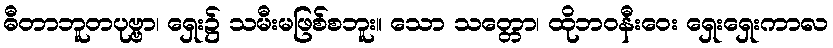
ဓီတာဘူတပုဗ္ဗာ၊ ရှေး၌ သမီးမဖြစ်စဘူး။ သော သတ္တော၊ ထိုဘဝနီးဝေး ရှေးရှေးကာလ